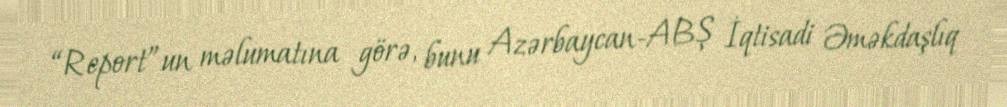
“Report”un məlumatına görə, bunu Azərbaycan-ABŞ İqtisadi Əməkdaşlıq